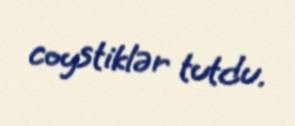
coystiklər tutdu.